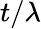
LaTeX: t/\lambda